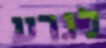
לגרע